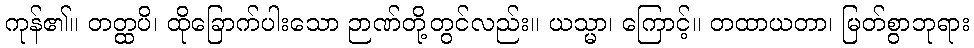
ကုန်၏။ တတ္ထပိ၊ ထိုခြောက်ပါးသော ဉာဏ်တို့တွင်လည်း။ ယသ္မာ၊ ကြောင့်။ တထာယတာ၊ မြတ်စွာဘုရား